Insane asylums Bombay 1873-77 - 1873-1877
Year: 1873
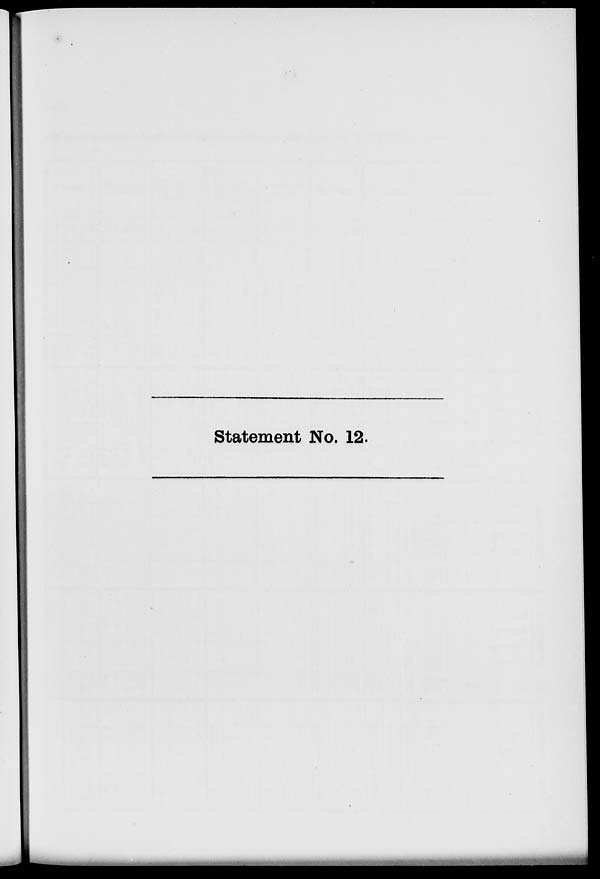
Statement No. 12.